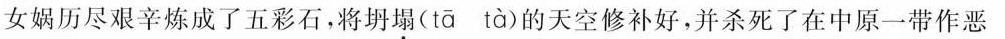
女娲历尽艰辛炼成了五彩石，将坍塌( tā tà )的天空修补好，并杀死了在中原一带作恶